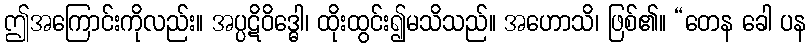
ဤအကြောင်းကိုလည်း။ အပ္ပဋိဝိဒ္ဓေါ၊ ထိုးထွင်း၍မသိသည်။ အဟောသိ၊ ဖြစ်၏။ “တေန ခေါ ပန